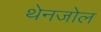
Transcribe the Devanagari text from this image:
थेनजोल